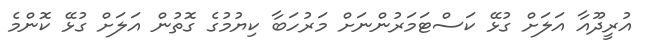
އުރީދޫއާ އަލަށް ގުޅޭ ކަސްޓަމަރުންނަށް މަރުހަބާ ކިޔުމުގެ ގޮތުން އަލަށް ގުޅޭ ކޮންމެ